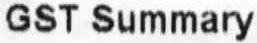
GST SUMMARY